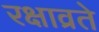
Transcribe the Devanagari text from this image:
रक्षाव्रते